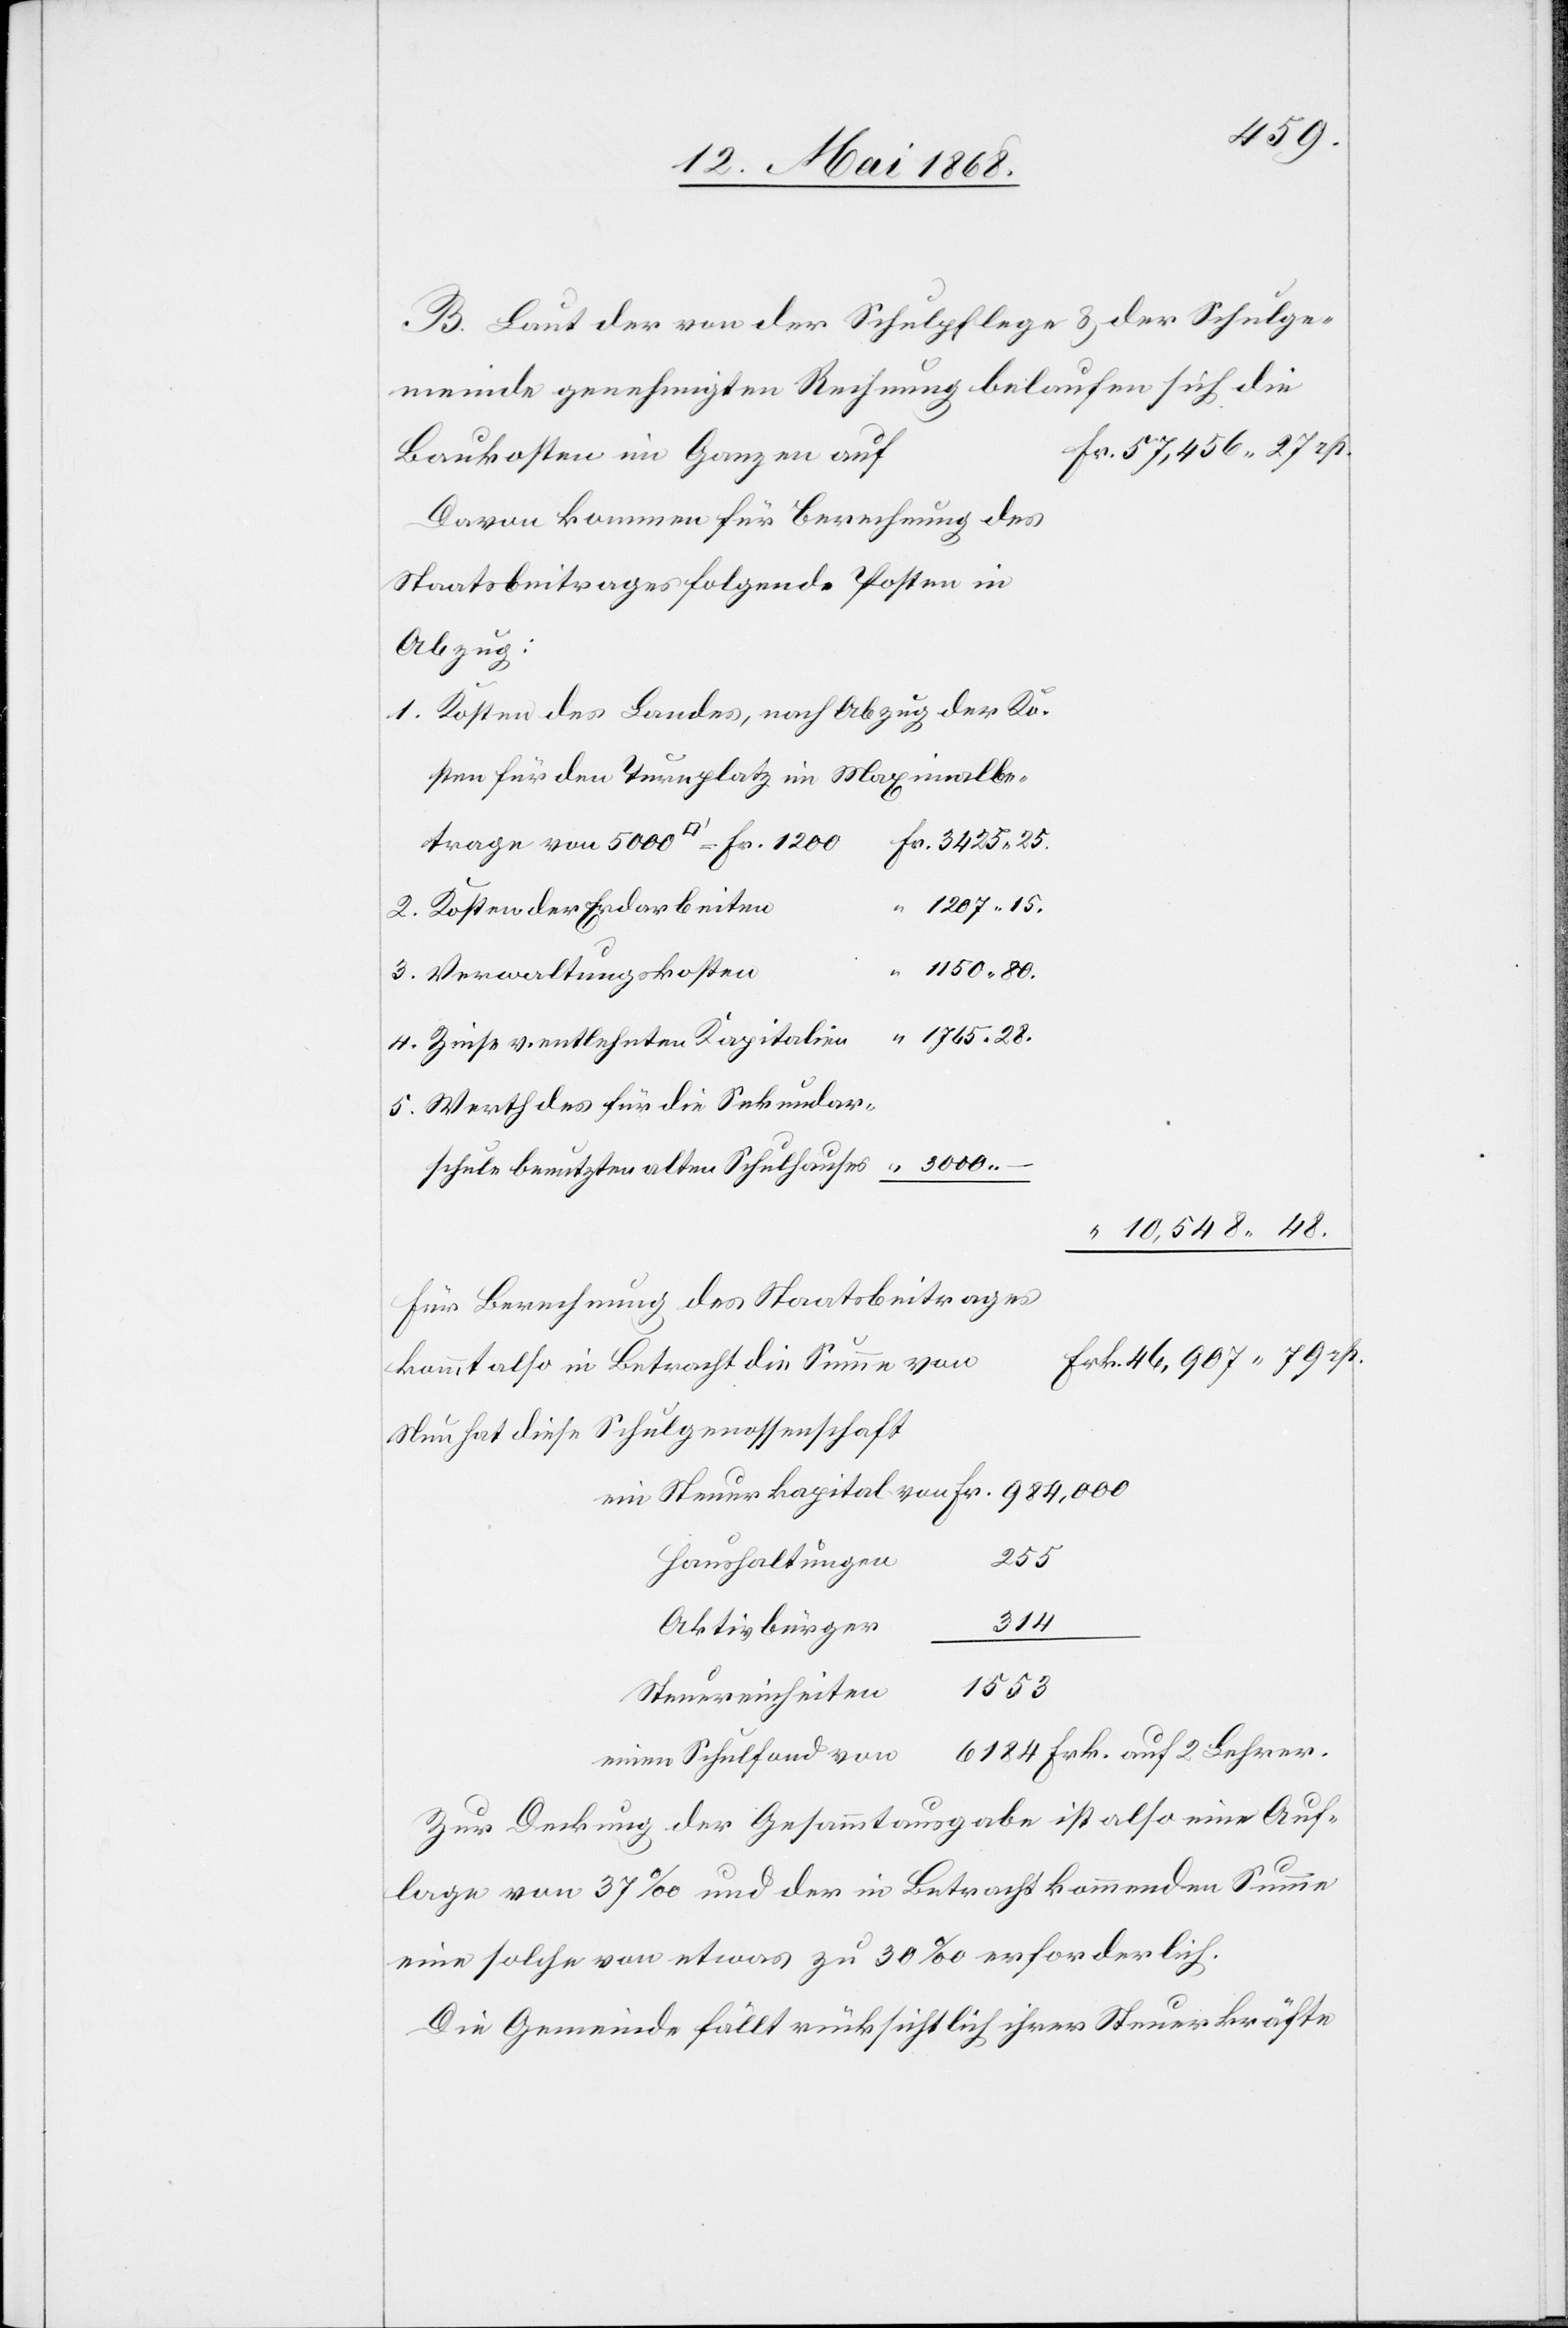
B. Laut der von der Schulpflege & der Schulge¬
meinde genehmigten Rechnung belaufen sich
Fr. 57,456. 27 rp.
Baukosten im Ganzen auf
Davon kommen für Berechnung des
Staatsbeitrages folgende Posten in
Abzug:
Kosten des Landes, nach Abzug der Ko¬
sten für den Turnplatz im Maximalbe¬
.
Fr. 3425. 25.
1207. 15.
Kosten der Erdarbeiten
“ 1150. 80.
Verwaltungskosten
“ 1765. 28.
Zinse v. entlehnten Kapitalien
Werth des für die Sekundar¬
schule benutzten alten Schulhauses
“ 10,548. 48.
Für Berechnung des Staatsbeitrages
Frk. 46,907. 79 rp.
kommt also in Betracht die Summe von
Nun hat diese Schulgenossenschaft
255
Haushaltungen
314
Aktivbürger
1553
Steuereinheiten
6184 Frk. auf 2 Lehrer.
einen Schulfond von
Zur Deckung der Gesammtausgabe ist also eine Auf¬
lage von 37‰ und der in Betracht kommenden Summe
eine solche von etwas zu 30‰ erforderlich.
Die Gemeinde fällt rücksichtlich ihrer Steuerkräfte